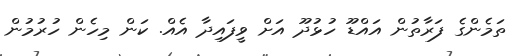
ތަމެންގެ ފަރާތުން އައްޑޫ ހުޅުދޫ އަށް ވީފައިދާ އެއް. ކަން މިހެން ހުރުމުން